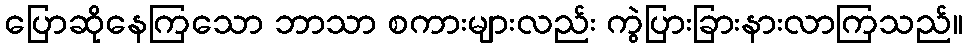
ပြောဆိုနေကြသော ဘာသာ စကားများလည်း ကွဲပြားခြားနားလာကြသည်။